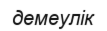
демеулік